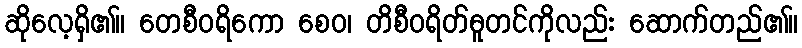
ဆိုလေ့ရှိ၏။ တေစီဝရိကော စေဝ၊ တိစီဝရိတ်ဓူတင်ကိုလည်း ဆောက်တည်၏။